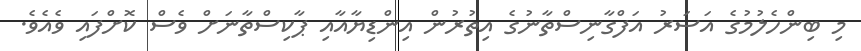
މި ބިންހެލުމުގެ އަސަރު އަފްގާނިސްތާނުގެ އިތުރުން އިންޑިޔާއާއި ޕާކިސްތާނަށް ވެސް ކޮށްފައި ވެއެވެ.